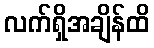
လက်ရှိအချိန်ထိ